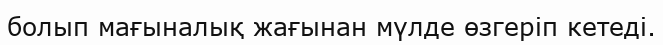
болып мағыналық жағынан мүлде өзгерiп кетедi.